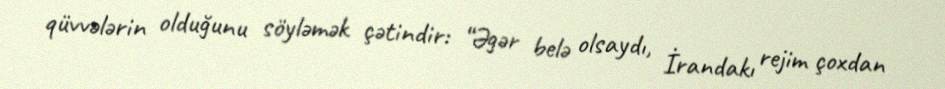
qüvvələrin olduğunu söyləmək çətindir: “Əgər belə olsaydı, İrandakı rejim çoxdan